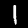
Digit: 1